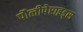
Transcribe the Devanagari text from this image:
पौलीपेप्टाइड्स